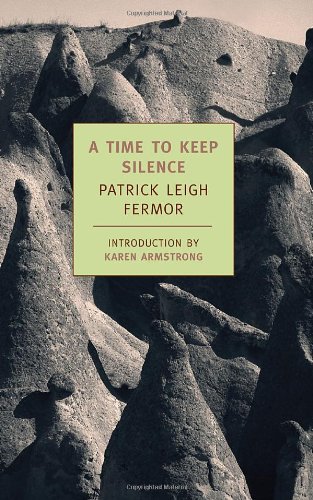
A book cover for A Time to Keep Silence (New York Review Books Classics); Patrick Leigh Fermor; Travel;